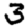
Digit: 3